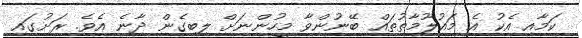
ކަމާއި އެކު އެ މައުލޫމާތުތައް ބޭނުންވާ މީހުންނަށް ލިބިގެން ދާނެ އެވެ. ރަށުގައި